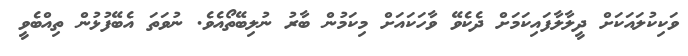
ވަކިކުލައަކަށް ދީލާލާފައިކަމަށް ދެކެވޭ ވާހަކައަށް މިކަމުން ބާރު ނުލިބޭތޯއެވެ. ނުވަތަ އެބޭފުޅުން ތިއްބެވީ